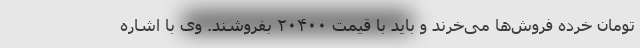
تومان خرده فروش‌ها می‌خرند و باید با قیمت ۲۰۴۰۰ بفروشند. وی با اشاره